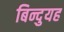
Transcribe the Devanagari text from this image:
बिन्दुयह